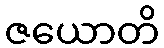
ဇယောတိ